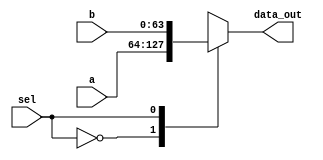
module multiplexer
(
	output reg [63:0] data_out,
	input [63:0] a, b,
	input sel
	
);

	always @ (sel or a or b)
		begin
			case(sel)
				0: data_out = a;
				1: data_out = b;
			endcase	
		end
endmodule